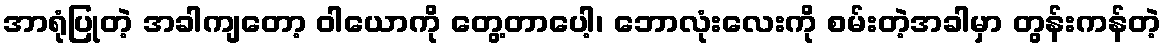
အာရုံပြုတဲ့ အခါကျတော့ ဝါယောကို တွေ့တာပေါ့၊ ဘောလုံးလေးကို စမ်းတဲ့အခါမှာ တွန်းကန်တဲ့